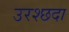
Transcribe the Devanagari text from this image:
उरश्छदा